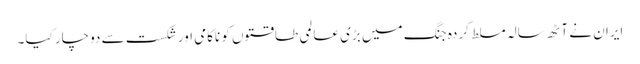
ایران نے آٹھ سالہ مسلط کردہ جنگ میں بڑی عالمی طاقتوں کو ناکامی اور شکست سے دوچار کیا۔